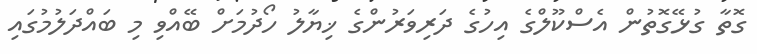
ގޮތާ ގުޅޭގޮތުން އެސްކޫލްގެ އިހުގެ ދަރިވަރުންގެ ޚިޔާލު ހޯދުމަށް ބޭއްވި މި ބައްދަލުމުގައި